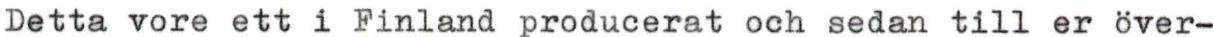
Detta vore ett i Finland producerat och sedan till er över-